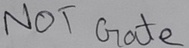
Text: NOT Gate